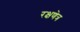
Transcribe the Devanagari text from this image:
रक्षणेत्र